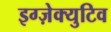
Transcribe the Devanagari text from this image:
इग्ज़ेक्युटिव